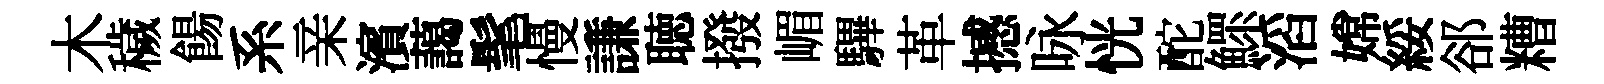
木穢餳系亲濱藹髦慢謙聴撥嵋驆革撼咏恍酡鰥滔嫦綏郤糟